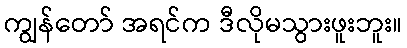
ကျွန်တော် အရင်က ဒီလိုမသွားဖူးဘူး။